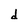
Character: d